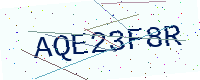
Text: AQE23F8R